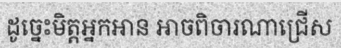
ដូច្នេះមិត្តអ្នកអាន អាចពិចារណាជ្រើស